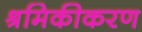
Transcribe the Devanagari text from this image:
श्रमिकीकरण